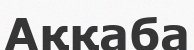
Аққаба